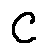
C